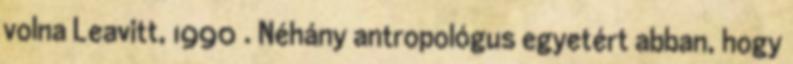
volna Leavitt, 1990 . Néhány antropológus egyetért abban, hogy